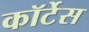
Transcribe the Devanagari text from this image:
कॉर्टेस